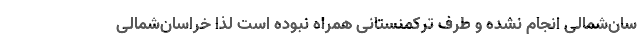
سان‌شمالی انجام نشده و طرف ترکمنستانی همراه نبوده است لذا خراسان‌شمالی